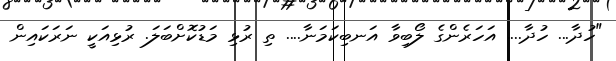
"ހުދާ... ހުދާ.... އަހަރެންގެ ލޯބިވާ އަނބިކަމަނާ.... ތި ރުޅި މަޑުކޮށްބަލަ. ރުޅިއަކީ ނަރަކައިން